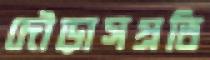
দৌড়াসপ্রতি